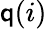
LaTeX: \mathsf{q}(i)